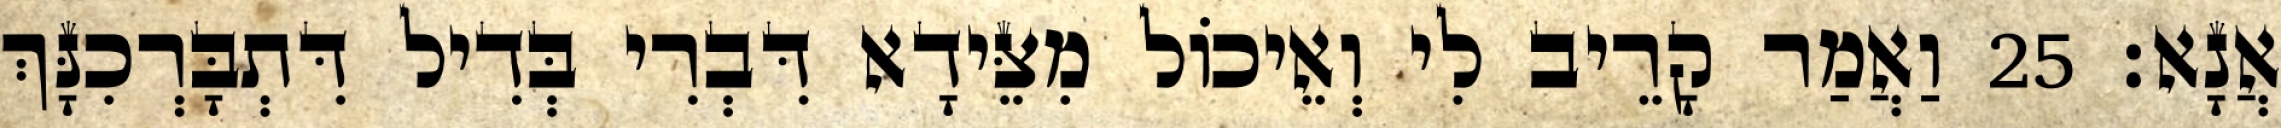
אֲנָא׃ 25 וַאֲמַר קָרֵיב לִי וְאֵיכוֹל מִצֵּידָא דִּבְרִי בְּדִיל דִּתְבָּרְכִנָּךְ